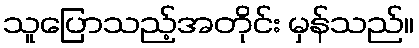
သူပြောသည့်အတိုင်း မှန်သည်။